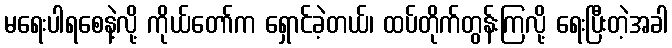
မရေးပါရစေနဲ့လို့ ကိုယ်တော်က ရှောင်ခဲ့တယ်၊ ထပ်တိုက်တွန်းကြလို့ ရေးပြီးတဲ့အခါ